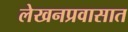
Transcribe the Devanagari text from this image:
लेखनप्रवासात